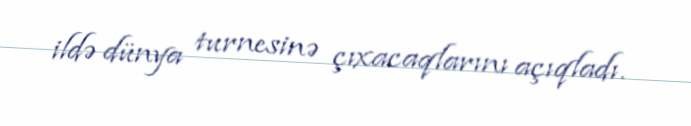
ildə dünya turnesinə çıxacaqlarını açıqladı.